Lunatic asylums United Prov. 1922-30 - 1922-1930
Year: 1922
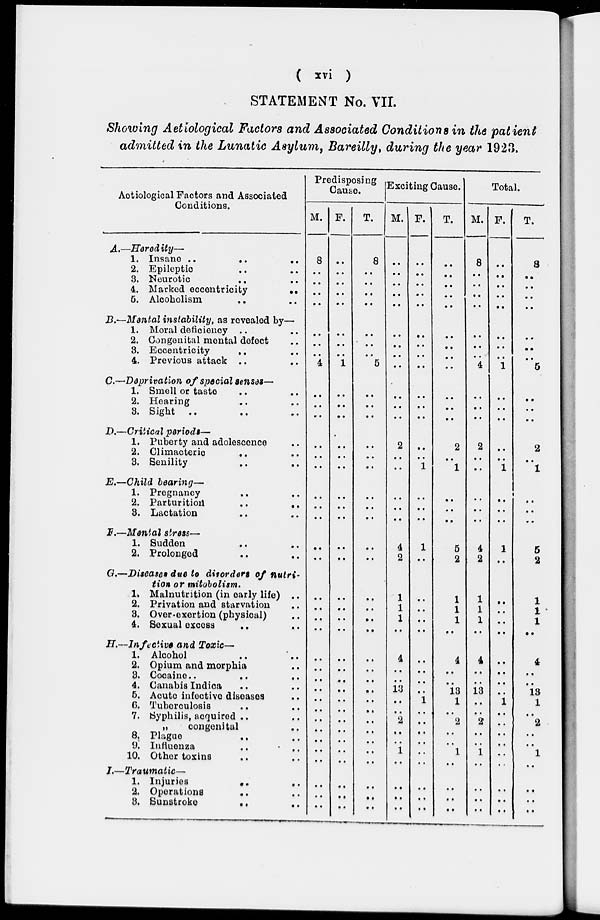
( xvi )
STATEMENT No. VII.
Showing Aetiological Factors and Associated Conditions in the patient
admitted in the Lunatic Asylum, Bareilly, during the year 1923.
Aetiological Factors and Associated
Conditions.
A.—
B.—
C.—
D.—
E.—
F.—
G.—
H.—
I.—
Heredity—
1. Insane ..
..
..
2. Epileptic .. ..
3. Neurotic
.. ..
4. Marked eccentricity
..
..
5. Alcoholism .. ..
Mental instability, as revealed by—
1. Moral deficiency .. ..
2. Congenital mental defect ..
3. Eccentricity
.. ..
4. Previous attack .. ..
Deprivation of special senses—
1. Smell or taste .. ..
2. Hearing .. ..
3. Sight .. .. ..
Critical periods—
1. Puberty and adolescence ..
2. Climacteric .. ..
3. Senility .. ..
Child bearing—
1. Pregnancy .. ..
2. Parturition
..
..
3. Lactation .. ..
Menial stress—
1. Sudden .. ..
2. Prolonged .. ..
Diseases due to disorders of nutri-
tion or mitobolism.
1. Malnutrition (in early life) ..
2. Privation and starvation ..
3. Over-exertion (physical) ..
4. Sexual excess
.. ..
Infective and Toxic—
1. Alcohol .. ..
2. Opium and morphia ..
3. Cocaine . . . . ..
4. Canabis Indica .. ..
5. Acute infective diseases ..
6. Tuberculosis .. ..
7. Syphilis, acquired .. ..
„ congenital ..
8. Plague .. ..
9. Influenza .. ..
10. Other toxins .. ..
Traumatic—
1. Injuries
.. ..
2. Operations
..
..
3. Sunstroke
..
..
Predisposing
Cause.
M.
8
..
..
..
..
..
..
..
4
..
..
..
..
..
..
..
..
..
..
..
..
..
..
..
..
..
..
..
..
..
..
..
..
..
..
..
..
..
..
F.
..
..
..
..
..
..
..
..
1
..
..
..
..
..
..
..
..
..
..
..
..
..
..
..
..
..
..
..
..
..
..
..
..
..
..
..
..
..
..
T.
8
..
..
..
..
..
..
..
5
..
..
..
..
..
..
..
..
..
..
..
..
..
..
..
..
..
..
..
..
..
..
..
..
..
..
..
..
..
..
Exciting Cause.
M.
..
..
..
..
..
..
..
..
..
..
..
..
2
..
..
..
..
..
4
2
1
1
1
..
4
..
..
13
..
..
2
..
..
1
..
..
..
..
..
F.
..
..
..
..
..
..
..
..
..
..
..
..
..
..
1
..
..
..
1
..
..
..
..
..
..
..
..
..
1
..
..
..
..
..
..
..
..
..
..
T.
..
..
..
..
..
..
..
..
..
..
..
..
2
..
1
..
..
..
5
2
1
1
1
..
4
..
..
13
1
..
2
..
..
1
..
..
..
..
..
Total.
M.
8
..
..
..
..
..
..
..
4
..
..
..
2
..
..
..
..
..
4
2
1
1
1
..
4
..
..
13
..
..
2
..
..
1
..
..
..
..
..
F.
..
..
..
..
..
..
..
..
1
..
..
..
..
..
1
..
..
..
1
..
..
..
..
..
..
..
..
..
1
..
..
..
..
..
..
..
..
..
..
T.
8
..
..
..
..
..
..
..
5
..
..
..
2
..
1
..
..
..
5
2
1
1
1
..
4
..
..
13
1
..
2
..
..
1
..
..
..
..
..